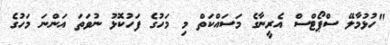
"ހުޅުމާލޭ ސްޕޯޓްސް އެރީނާގެ މަސައްކަތް މި މަހުގެ ފަހުކޮޅު ނުވަތަ އަންނަ މަހުގެ